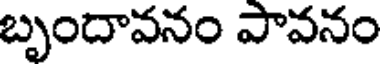
బృందావనం పావనం